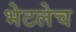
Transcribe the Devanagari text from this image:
भेटलेच